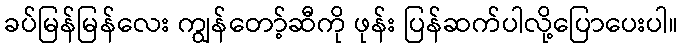
ခပ်မြန်မြန်လေး ကျွန်တော့်ဆီကို ဖုန်း ပြန်ဆက်ပါလို့ပြောပေးပါ။